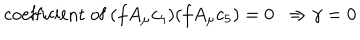
\mathrm { c o e f f i c i e n t ~ o f ~ } ( f A _ { \mu } c _ { 4 } ) ( f A _ { \mu } c _ { 5 } ) = 0 \ \ \Rightarrow \gamma = 0